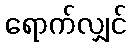
ရောက်လျှင်